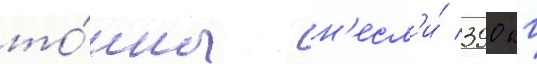
то́нны н'есл'и́ 390 кг